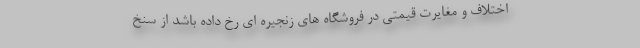
اختلاف و مغایرت قیمتی در فروشگاه های زنجیره ای رخ داده باشد از سنخ